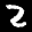
Label: 2